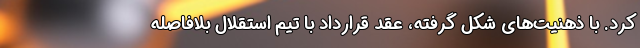
کرد. با ذهنیت‌های شکل ‌گرفته، عقد قرارداد با تیم استقلال بلافاصله